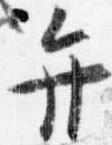
弁